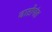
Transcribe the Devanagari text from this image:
वारोपंत